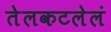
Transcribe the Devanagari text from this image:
तेलकटलेलं